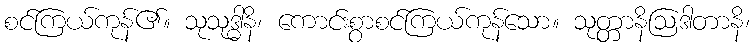
စင်ကြယ်ကုန်၏။ သုသုဒ္ဓါနိ၊ ကောင်းစွာစင်ကြယ်ကုန်သော။ သုတ္တာနိဩဒါတာနိ၊